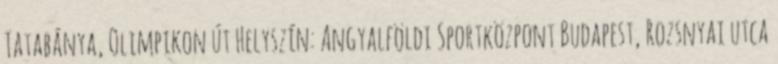
Tatabánya, Olimpikon út Helyszín: Angyalföldi Sportközpont Budapest, Rozsnyai utca